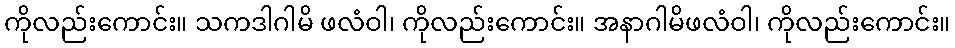
ကိုလည်းကောင်း။ သကဒါဂါမိ ဖလံဝါ၊ ကိုလည်းကောင်း။ အနာဂါမိဖလံဝါ၊ ကိုလည်းကောင်း။